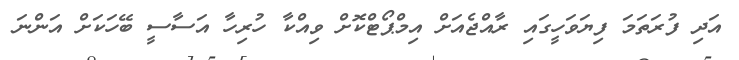
އަދި ފުރަތަމަ ފިޔަވަހީގައި ރާއްޖެއަށް އިމްޕޯޓްކޮށް ވިއްކާ ހުރިހާ އަސާސީ ބޭހަކަށް އަންނަ